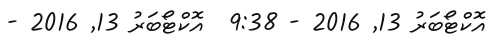
އޮކްޓޯބަރު 13